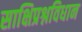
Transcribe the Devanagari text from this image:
साक्षिप्रश्नविधान